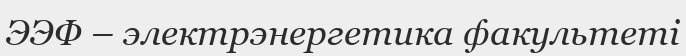
ЭЭФ – электрэнергетика факультеті